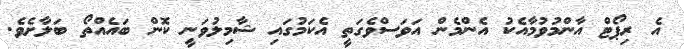
އެ ރިޕޯޓް އާންމުވުމާއެކު އެންމެން އަވަސްވެގަތީ އެކަމުގައި ޝާމިލުވަނީ ކޮން ބައެއްތޯ ބަލާށެވެ.